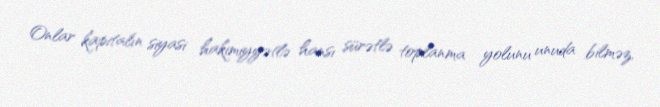
Onlar kapitalın siyasi hakimiyyətlə hansı sürətlə toplanma yolunu unuda bilməz,